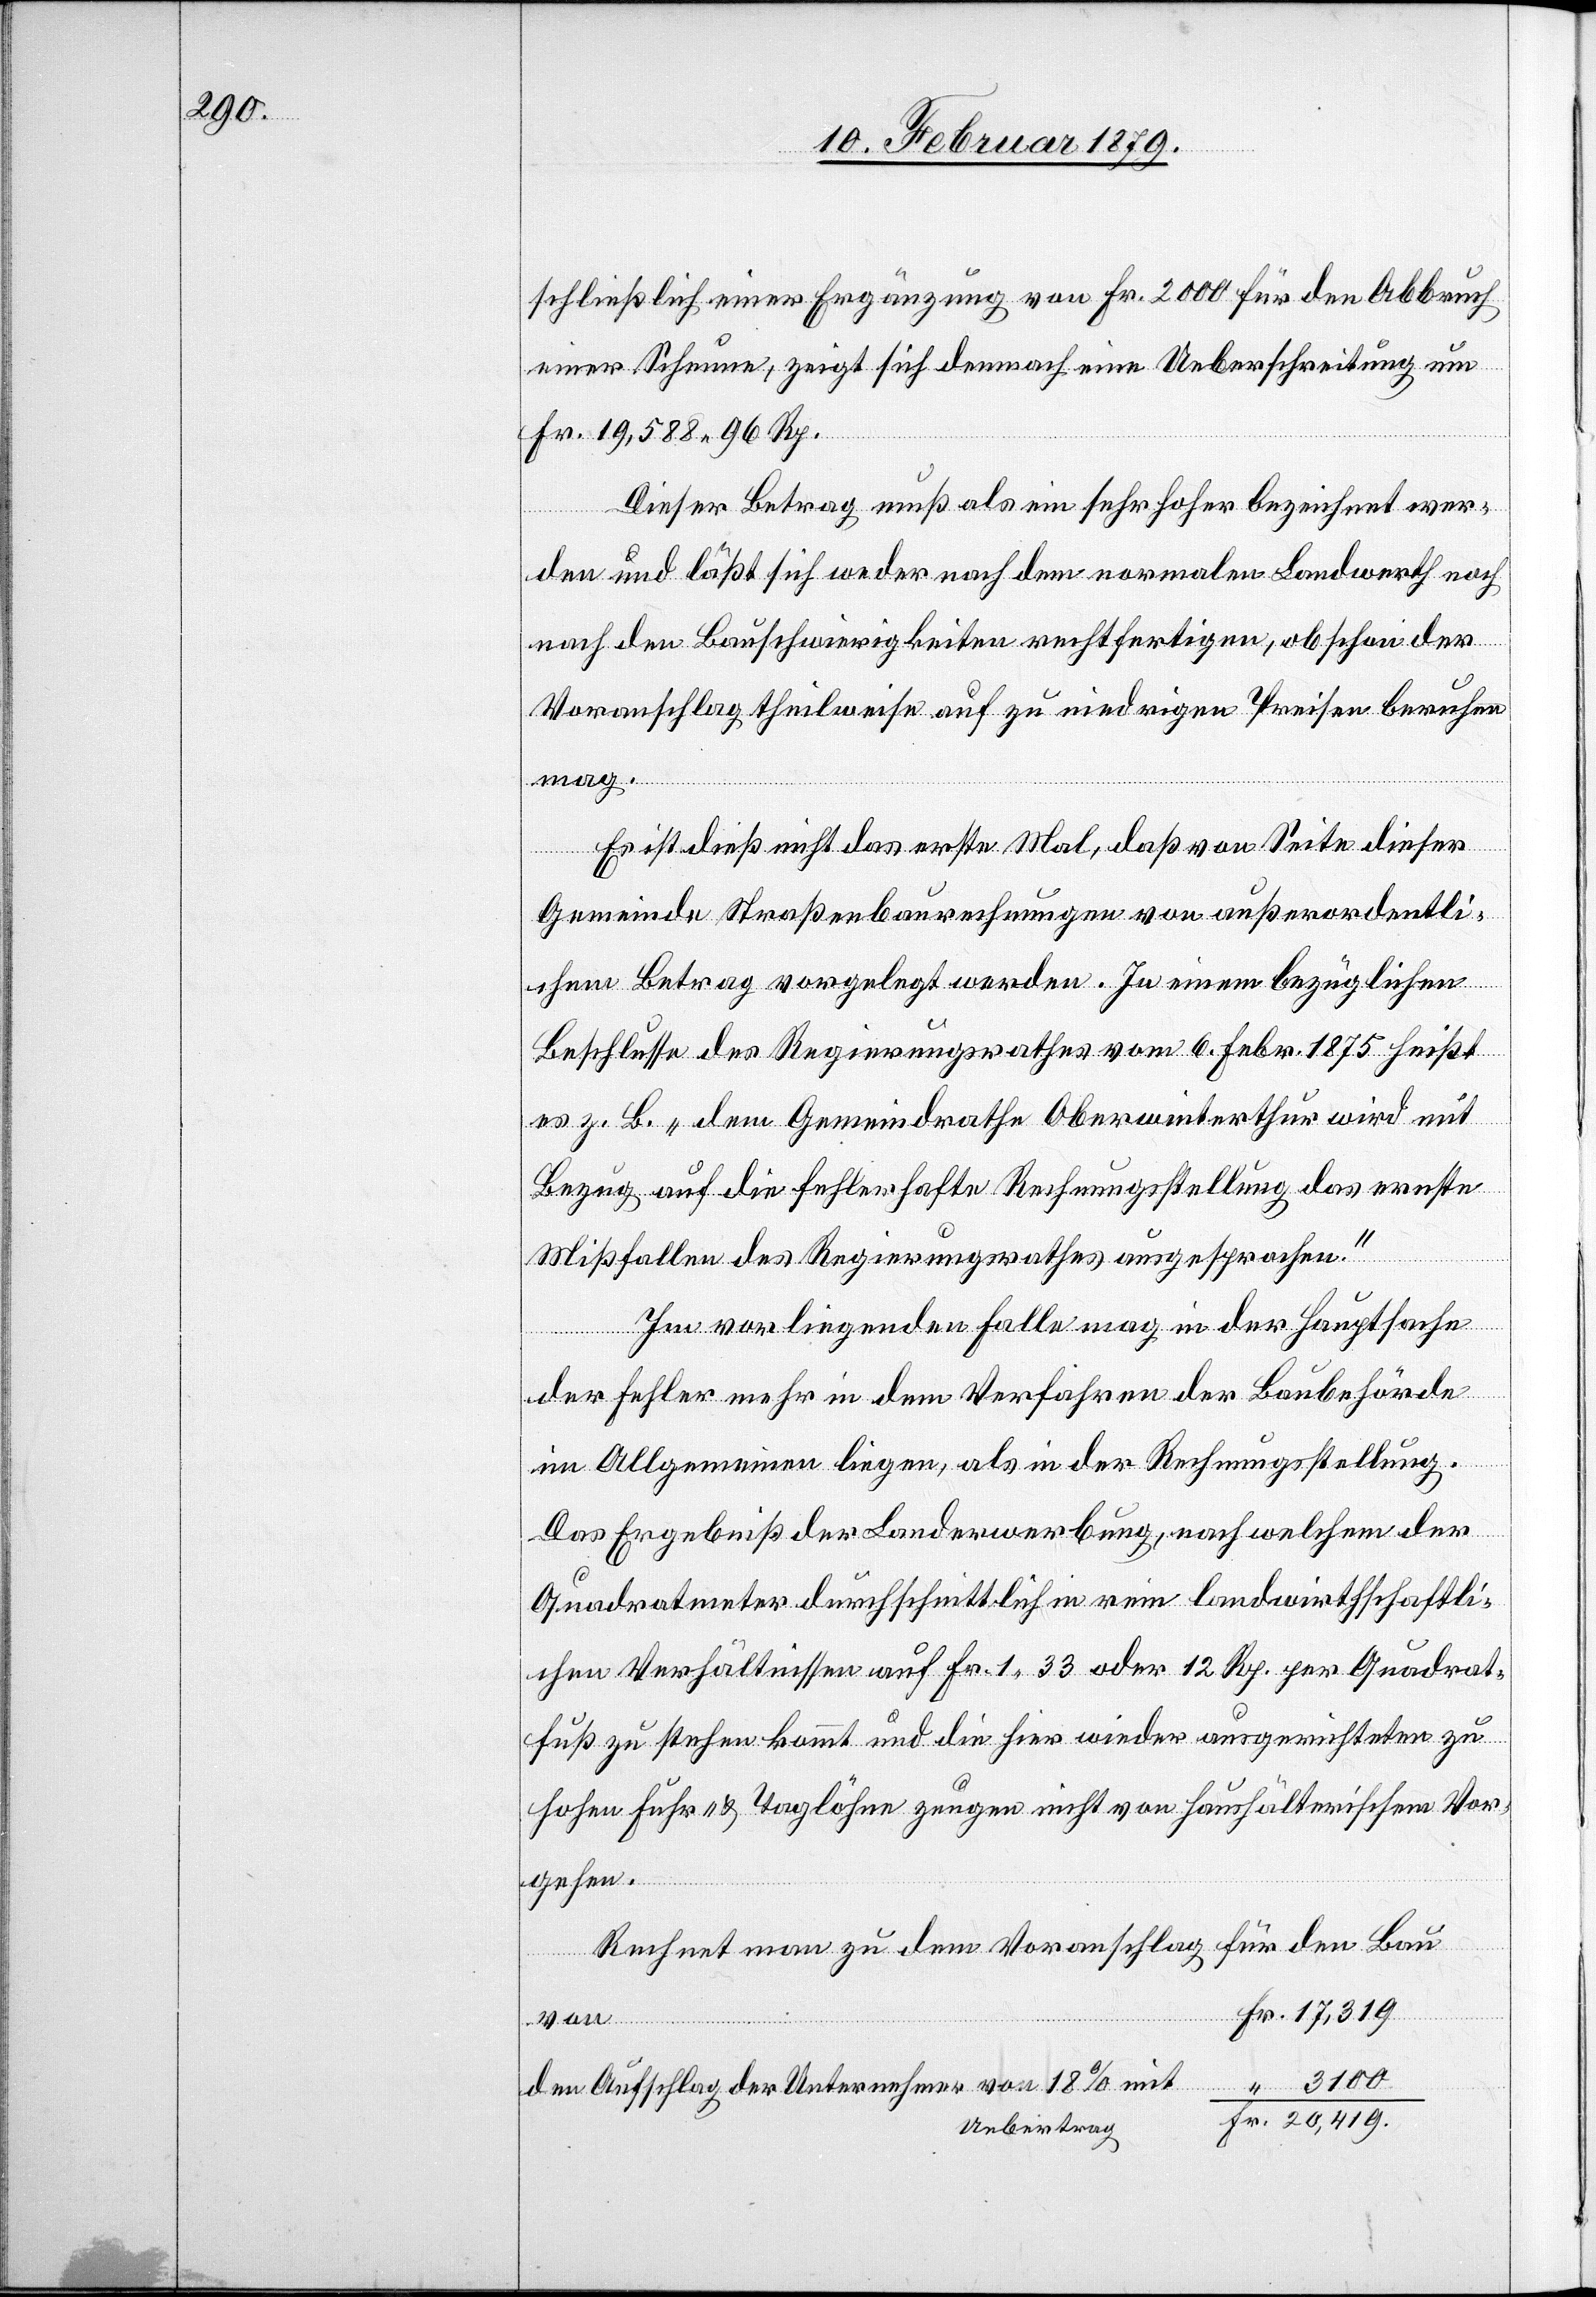
Fr.
schließlich einer Ergänzung von Fr. 2000 für den Abbruch
einer Scheune, zeigt sich demnach eine Ueberschreitung um
Fr. 19,588 96 Rp.
Dieser Betrag muß als ein sehr hoher bezeichnet wer¬
den und läßt sich weder nach dem normalen Landwerth noch
nach den Bauschwierigkeiten rechtfertigen, obschon der
Voranschlag theilweise auf zu niedrigen Preisen beruhen
mag.
Es ist dieß nicht das erste Mal, daß von Seite dieser
Gemeinde Straßenbaurechnungen von außerordentli¬
chem Betrag vorgelegt werden. In einem bezüglichen
Beschlusse des Regierungsrathes vom 6. Febr. 1875 heißt
es z. B. „dem Gemeindrathe Oberwinterthur wird mit
Bezug auf die fehlerhafte Rechnungsstellung das ernste
Mißfallen des Regierungsrathes ausgesprochen.“
Im vorliegenden Falle mag in der Hauptsache
der Fehler mehr in dem Verfahren der Baubehörde
im Allgemeinen liegen, als in der Rechnungsstellung.
Das Ergebniß der Landerwerbung, nach welchem der
Quadratmeter durchschnittlich in rein landwirthschaftli¬
chen Verhältnissen auf Fr. 1.33 oder 12 Rp. per Quadrat¬
fuß zu stehen kommt und die hier wieder ausgerichteten zu
hohen Fuhr- & Taglöhne zeugen nicht von haushälterischem Vor¬
gehen.
Rechnet man zu dem Voranschlag für den Bau
den Aufschlag der Unternehmrer von 18% mit